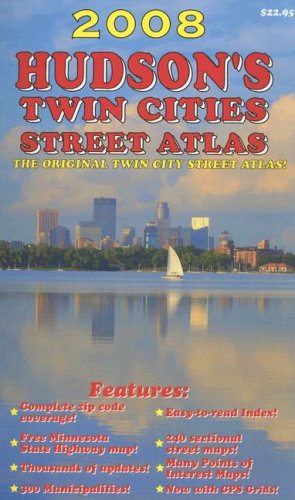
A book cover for Hudson's Twin Cities Street Atlas; Travel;